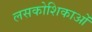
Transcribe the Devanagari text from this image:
लसकोशिकाओं